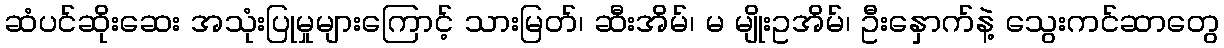
ဆံပင်ဆိုးဆေး အသုံးပြုမှုများကြောင့် သားမြတ်၊ ဆီးအိမ်၊ မ မျိုးဥအိမ်၊ ဦးနှောက်နဲ့ သွေးကင်ဆာတွေ